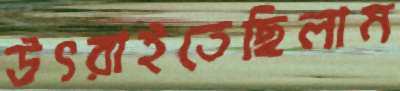
উৎরাইতেছিলাম